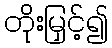
တိုးမြှင့်၍